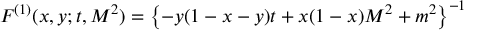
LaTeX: F ^ { ( 1 ) } ( x , y ; t , M ^ { 2 } ) = \left\{ - y ( 1 - x - y ) t + x ( 1 - x ) M ^ { 2 } + m ^ { 2 } \right\} ^ { - 1 }